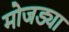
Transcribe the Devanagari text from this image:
मोजड्या